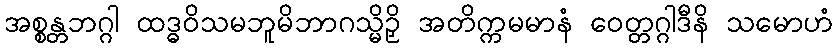
အစ္စန္တဘဂ္ဂါ ထဒ္ဓဝိသမဘူမိဘာဂသ္မိဉှိ အတိက္ကမမာနံ ဝေတ္တဂ္ဂါဒီနိ သမောဟံ